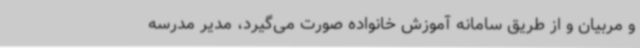
و مربیان و از طریق سامانه آموزش خانواده صورت می‌گیرد، مدیر مدرسه